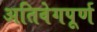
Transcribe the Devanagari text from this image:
अतिवेगपूर्ण